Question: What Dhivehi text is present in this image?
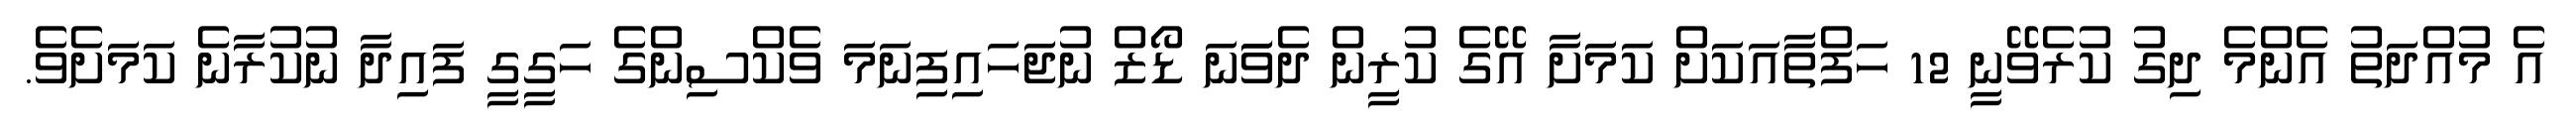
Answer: އެ މުއްދަތު އެންމެ ދިގު ކުރެވޭނީ 12 ހަފްތާއަކަށް ކަމަށާ އޭގެ ކުރީން ދެވަަނަ ޑޯޒް ނުޖަހައިފިނަމަ ވެކްސިންގެ ހަގީގީ ފައިދާ ނުކުރާނެ ކަމަށެވެ.